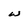
Character: w